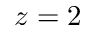
z = 2